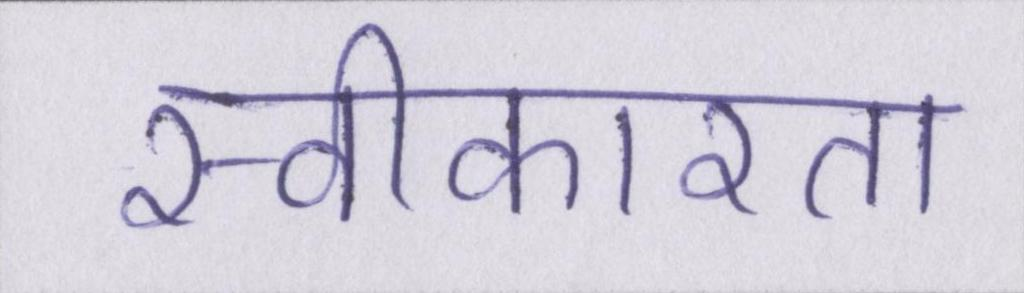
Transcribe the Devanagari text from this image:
स्वीकारता